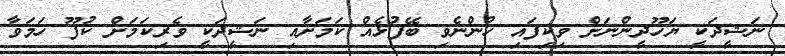
ނަޝީދަކީ ޔަހޫދީންނަށް ވިކިފައި ހުންނެވި ބޭފުޅެއް ކަމަށާއި ނަޝީދަކީ ވެރިކަމަށް ކުފޫ ހަމަވާ